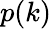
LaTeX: p(k)